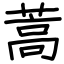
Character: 蒿